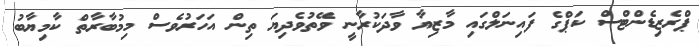
ޕްރެޒިޑެންޓްސް ކަޕްގެ ފައިނަލްގައި މާޒިޔާ ވާދަކުރާނީ ވޭތުވެދިޔަ ތިން އަހަރުވެސް މިމުބާރާތް ކާމިޔާބު